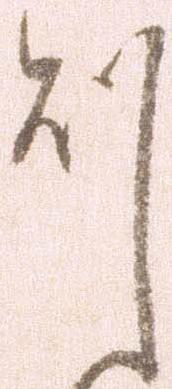
則